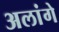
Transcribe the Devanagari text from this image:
अलांगे